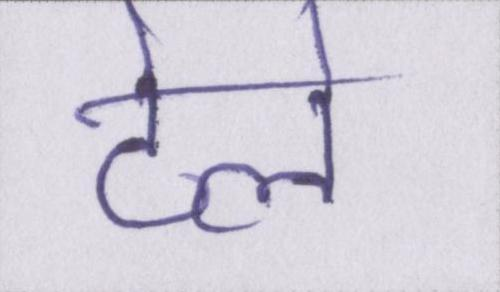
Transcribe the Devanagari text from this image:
ठेले